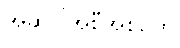
အဆိုပါအစီအစဉ်ကို